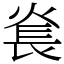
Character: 㷃